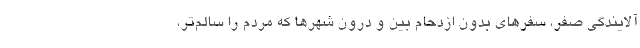
آلایندگی صفر، سفرهای بدون ازدحام بین و درون شهرها که مردم را سالم‌تر،